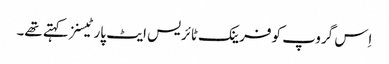
اِس گروپ کو فرینک ٹائریس ایٹ پارٹیسنز کہتے تھے۔